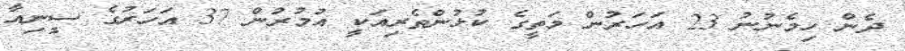
ދެން ހިމެނުނު 23 އަހަރުން މަތީގެ ކުޅުންތެރިއަކީ އުމުރުން 37 އަހަރުގެ ސީނިއާ